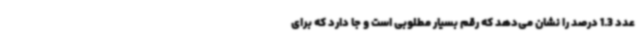
عدد 1.3 درصد را نشان می‌دهد که رقم بسیار مطلوبی است و جا دارد که برای